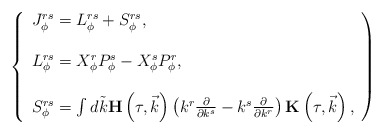
\begin{align*}\left\{\begin{array}{l}J_{\phi}^{rs}=L_{\phi}^{rs}+S_{\phi}^{rs}, \\\\L_{\phi}^{rs}=X_{\phi}^rP_{\phi}^s-X_{\phi}^sP_{\phi}^r,\\\\S_{\phi}^{rs}=\int d\tilde k{\bf H}\left( \tau ,\vec k\right) \left( k^r\frac \partial {\partial k^s}-k^s\frac\partial {\partial k^r}\right) {\bf K}\left( \tau ,\vec k\right) ,\end{array}\right)\end{align*}